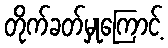
တိုက်ခတ်မှုကြောင့်